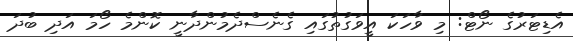
އެޑިޓަރުގެ ނޯޓް: މި ވާހަކަ އީވަގުތުގައި ގެނެސްދެމުންދާނީ ކޮންމެ ހޯމަ އަދި ބުދަ